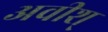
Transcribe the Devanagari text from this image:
अवीश्